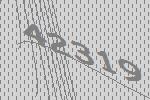
42319